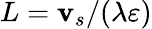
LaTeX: L=\mathbf{v}_{s}/(\lambda\varepsilon)